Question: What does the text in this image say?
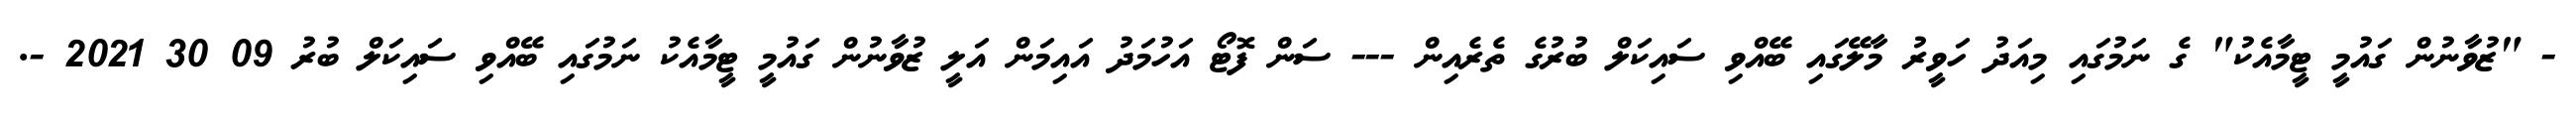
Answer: - "ޒުވާނުން ގައުމީ ޓީމާއެކު" ގެ ނަމުގައި މިއަދު ހަވީރު މާލޭގައި ބޭއްވި ސައިކަލް ބުރުގެ ތެރެއިން --- ސަން ފޮޓޯ އަހުމަދު އައިމަން އަލީ ޒުވާނުން ގައުމީ ޓީމާއެކު ނަމުގައި ބޭއްވި ސައިކަލް ބުރު 09 30 2021 -.